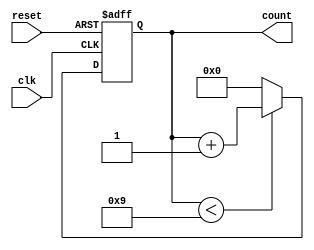
module BCD_Counter (
    input wire clk,       // Clock input
    input wire reset,     // Asynchronous reset input
    output reg [3:0] count // 4-bit BCD count output
);

// Always block for the counter's behavior
always @(posedge clk or posedge reset) begin
    if (reset) begin
        count <= 4'b0000; // Reset count to 0
    end else begin
        if (count < 4'b1001) begin
            count <= count + 1; // Increment count
        end else begin
            count <= 4'b0000; // Reset count to 0 after reaching 9
        end
    end
end

endmodule